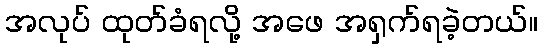
အလုပ် ထုတ်ခံရလို့ အဖေ အရှက်ရခဲ့တယ်။